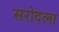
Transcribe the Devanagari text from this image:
सरोदला